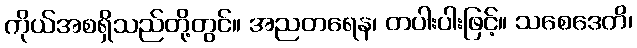
ကိုယ်အစရှိသည်တို့တွင်။ အညတရေန၊ တပါးပါးဖြင့်။ သစေဒေတိ၊